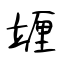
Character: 竰